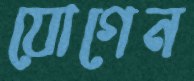
যোগেন